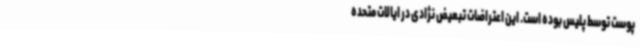
پوست توسط پلیس بوده است. این اعتراضات تبعیض نژادی در ایالات متحده